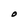
Character: O